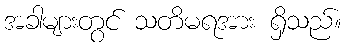
အခါများတွင် သတိမရအား ရှိသည်။